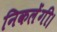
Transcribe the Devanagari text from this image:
निकलेंगी।